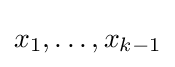
x_{1},\dots ,x_{k-1}